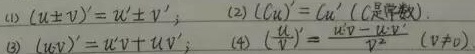
(1) \((u\pm v)' = u' \pm v'\)；
(2) \((Cu)' = Cu'\)（\(C\)是常数）；
(3) \((uv)' = u'v + uv'\)；
(4) \((\frac{u}{v})'=\frac{u'v - uv'}{v^{2}}\)（\(v\neq0\)）